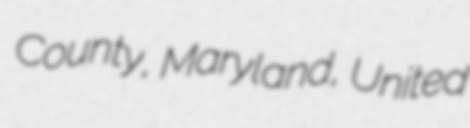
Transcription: County, Maryland, United